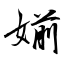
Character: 媊